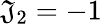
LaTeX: {{\mathfrak{J}}_{2}}=-1